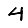
Digit: 4